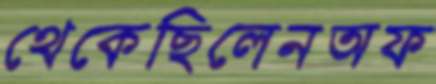
থেকেছিলেনঅফ